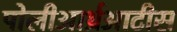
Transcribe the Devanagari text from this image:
पोलीआर्थ्रआटीस